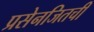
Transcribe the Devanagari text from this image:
प्रसेनजितची